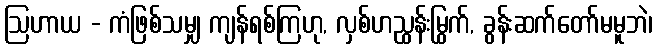
ဩဟာယ - ကံဖြစ်သမျှ ကျန်ရစ်ကြဟု, လှစ်ဟညွှန်းမြွက်, ခွန်းဆက်တော်မမူဘဲ၊